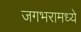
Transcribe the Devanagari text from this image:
जगभरामध्ये